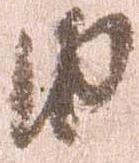
由